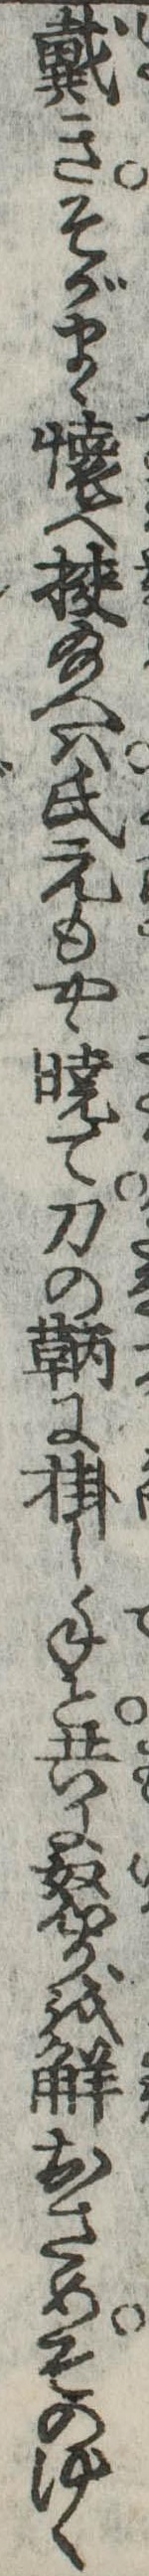
戴きそがまゝ懐へ挟給へは氏元もやゝ暁て刀の鞆に掛し手と共に怒りを解おさめそのゆく